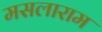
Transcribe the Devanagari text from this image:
मसलाराम